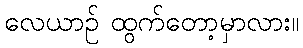
လေယာဉ် ထွက်တော့မှာလား။